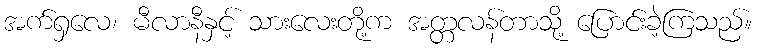
အက်ရှလေ၊ မီလာနီနှင့် သားလေးတို့က အတ္တလန်တာသို့ ပြောင်းခဲ့ကြသည်။